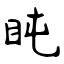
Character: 盹